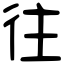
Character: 往